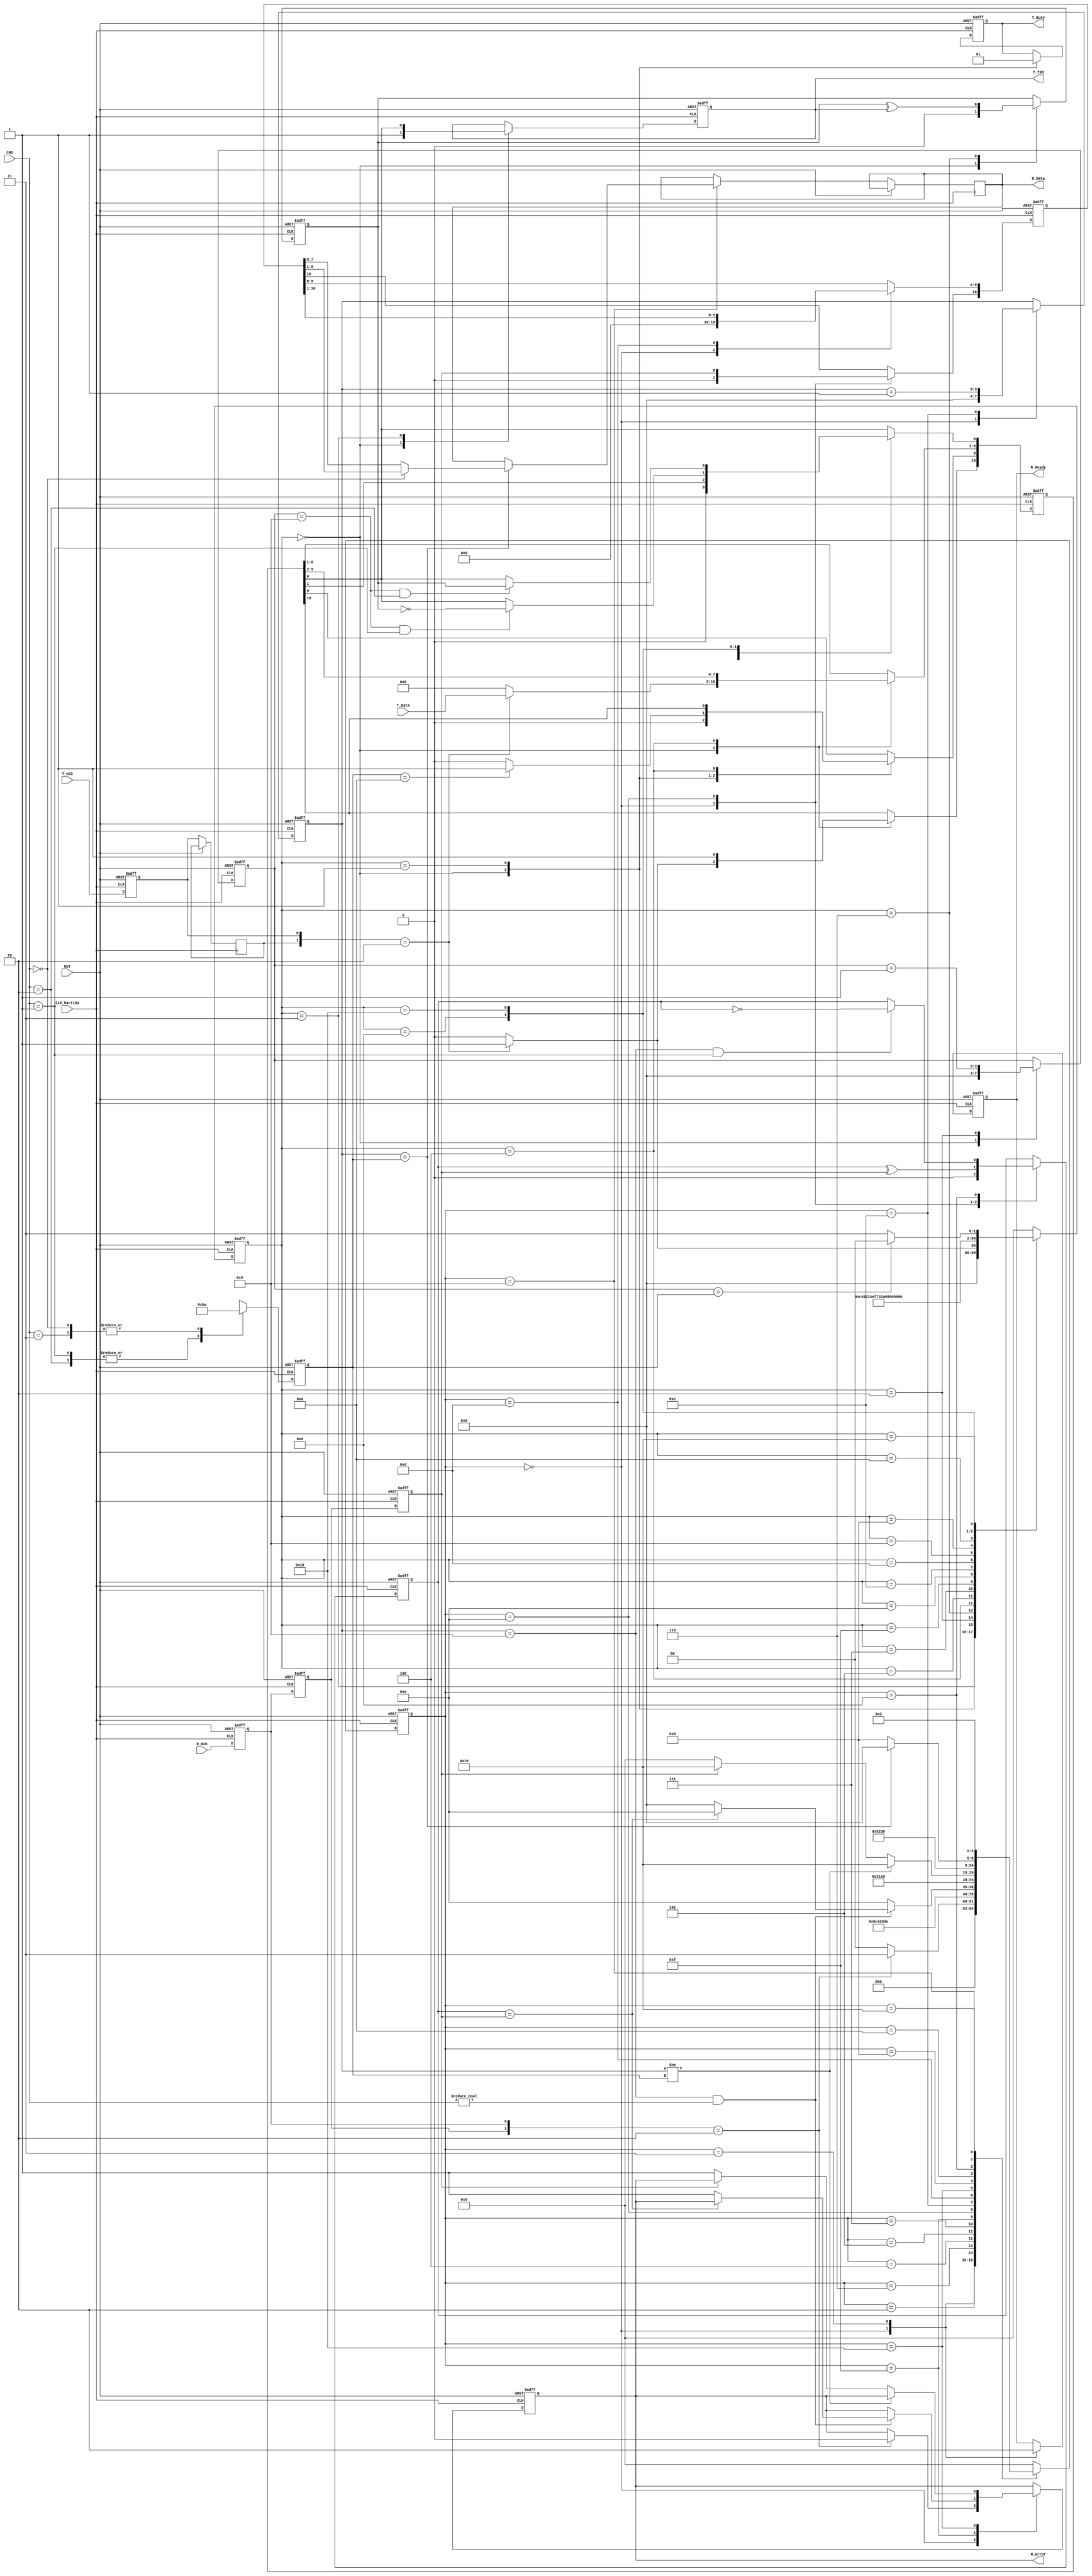
//T_nCS-------|   |--------
//            |___|
//             ___
//            |   |
//R_Ready-----|   |--------
//
//CMD  00     1bit start , 8bit data , 1bit stop 
//     01     1bit start , 8bit data , 1bit odd  , 1bit stop 
//     10     1bit start , 8bit data , 1bit even , 1bit stop 

module uart_core(
     CLK_Uart16x,
	 RST,
	 
	 CMD,     //00  Norm ,  01   odd  ,   10  even
	
	 T_nCS,
	 T_Busy,
	 T_Data,
	 T_TXD,
	 //////////////////////////////
	 //T_State,
	 //R_State,
	 //T_CntBit,
	 //R_CntBit,
	 //////////////////////////////
	 R_Error,
	 R_Ready,
	 R_Data,
	 R_RXD
	 
	 
	 );
	 //////////////////////////////
	 //output       [4:0] T_State ;
	 //output       [4:0] R_State ;
	 //output       [3:0] T_CntBit ;
	 //output       [3:0] R_CntBit ;
	 ///////////////////////////
	 
	 
	 input           CLK_Uart16x ;
	 input           RST ;
	 
	 input    [1:0]  CMD ;    //00  Norm ,  01   odd  ,   10  even
	 
	 
	 input           T_nCS ;
	 output          T_Busy ;
	 input    [7:0]  T_Data ;
	 output          T_TXD ;
	 reg             T_Busy ;
	 reg             T_TXD ;
	 reg             T_PARITY ;
	 reg      [10:0] T_MoveData ;
	 reg      [3:0]  T_CntBit ;
	 
	 reg             Syn1_T_nCS ;
	 reg             Syn2_T_nCS ;
	 reg      [3:0]  BitNum ;
	 
	 
	 output          R_Error ;
	 output          R_Ready ;
	 output   [7:0]  R_Data ;
	 input           R_RXD ;
	 reg      [7:0]  R_Data ;
	 reg             R_Error ;
	 reg             R_Ready ;
	 reg             R_PARITY ;
	 reg             Syn1_R_RXD ;
	 reg             Syn2_R_RXD ;
	 reg             Syn3_R_RXD ;
	 reg      [10:0] R_MoveData ;
	 reg      [3:0]  R_CntBit ;
	 
	 reg       [4:0] T_State ;
	 reg       [4:0] R_State ;
	 parameter [4:0] Idle       = 5'b0_0000 ,
	                 Start      = 5'b0_0001 ,
						  One        = 5'b0_0011 ,
						  Two        = 5'b0_0010 ,
						  Three      = 5'b0_0110 ,
						  Four       = 5'b0_0100 ,
						  Five       = 5'b0_0101 ,
						  Six        = 5'b0_0111 ,
						  Seven      = 5'b0_1111 ,
						  Eight      = 5'b0_1110 ,
						  Nine       = 5'b0_1100 ,
						  Ten        = 5'b0_1101 ,
						  Eleven     = 5'b0_1001 ,
						  Twelve     = 5'b0_1011 ,
						  Thirteen   = 5'b0_1010 ,
						  Fourteen   = 5'b0_1000 ,
						  Fifteen    = 5'b1_1000 ,
						  Sixteen    = 5'b1_0000 ;

					

always @( posedge CLK_Uart16x , posedge RST )begin
    if( RST )begin
	     Syn1_T_nCS   <= 1'b1 ;
		  Syn1_T_nCS   <= 1'b1 ;
	 end else begin
	     Syn1_T_nCS   <= T_nCS ;
		 Syn2_T_nCS   <= Syn1_T_nCS ;
	 end

end

			
always @( posedge CLK_Uart16x , posedge RST )begin
    if( RST )begin
	    Syn1_R_RXD   <= 1'b1 ;
		Syn2_R_RXD   <= 1'b1 ;
		Syn3_R_RXD   <= 1'b1 ;
	 end else begin
	    Syn1_R_RXD   <= R_RXD ;
		Syn2_R_RXD   <= Syn1_R_RXD ;
		Syn3_R_RXD   <= Syn2_R_RXD ;
	 end

end
			

always @( posedge CLK_Uart16x , posedge RST )begin
    if( RST )begin
	     BitNum       <=  4'd10 ;
	 end else begin
        case( CMD )
		      2'b00 : begin
				    BitNum       <=  4'd10 ;
				end
				2'b01 : begin
				    BitNum       <=  4'd11 ;
				end
				2'b10 : begin
				    BitNum       <=  4'd11 ;
				end
				2'b11 : begin
				    BitNum       <=  4'd10 ;
				end
		   endcase
	 end
end				
						
						
always @( posedge CLK_Uart16x , posedge RST )begin
    if( RST )begin
	     T_MoveData   <=  11'd0 ;
		  T_PARITY     <=  1'b0 ;
		  T_CntBit     <=  4'd0 ;
		  T_Busy       <=  1'b0 ;
		  T_TXD        <=  1'b1 ;
		  
		  
		  T_State      <=  Idle ;
	 end else begin
	     case( T_State )
	         Idle : begin
				    T_Busy       <=  1'b0 ;
		          T_PARITY     <=  1'b0 ;
					 T_CntBit     <=  4'd0 ;
					 T_TXD        <=  1'b1 ;
				    if( {Syn2_T_nCS,Syn1_T_nCS} == 2'b10 )begin
					     T_MoveData   <=  {1'b1,1'b0,T_Data,1'b0} ;
						  T_State      <=  Start ;
					 end else begin
					     T_MoveData   <=  11'd0 ;
						  T_State      <=  Idle ;
					 end
				end
				Start : begin
				    T_Busy       <=  1'b1 ;
				    T_State      <=  One ;
				    if( BitNum == 4'd10 )begin
						  T_MoveData[9] <=  1'b1 ;
					 end else begin
					     T_MoveData[9] <=  1'b0 ;
					 end
				end
				One : begin
				    T_TXD        <=  T_MoveData[0] ;
					 T_State      <=  Two ;
				end
				Two : begin
				    T_CntBit     <=  T_CntBit + 1'b1 ;
				    T_State      <=  Three ;
				end
				Three : begin
				    T_PARITY     <=  T_PARITY ^ T_TXD ;
				    T_State      <=  Four ;
				end
				Four : begin
				    T_MoveData[9:0]   <=  T_MoveData[10:1] ;
					 T_MoveData[10]    <=  1'b1 ;
				    T_State      <=  Five ;
				end
				Five : begin
				    T_State      <=  Six ;
				end
				Six : begin
				    T_State      <=  Seven ;
				end
				Seven : begin
				    T_State      <=  Eight ;
				end
				Eight : begin
				    T_State      <=  Nine ;
				end
				Nine : begin
				    T_State      <=  Ten ;
				end
				Ten : begin
				    T_State      <=  Eleven ;
				end
				Eleven : begin
				    T_State      <=  Twelve ;
				end
				Twelve : begin
				    T_State      <=  Thirteen ;
				end
				Thirteen : begin
				    T_State      <=  Fourteen ;
				end
				Fourteen : begin
				    T_State      <=  Fifteen ;
					 if( ( T_CntBit == 4'd9 ) && ( CMD == 2'b01 ) )begin //  0dd
					     T_MoveData[0] <= ~T_PARITY ;
					 end
				    
				end
				Fifteen : begin
				    T_State      <=  Sixteen ;
					 if( ( T_CntBit == 4'd9 ) && ( CMD == 2'b10 ) )begin
					     T_MoveData[0] <= T_PARITY ;
					 end
				    
				end
				Sixteen : begin
				    if( T_CntBit == BitNum )begin
				        T_State      <=  Idle ;
					 end else begin
					     T_State      <=  One ;
					 end
				end
				default : begin
				    T_State      <=  Idle ;
				end
	    endcase
	 end
end
	 
	 
always @( posedge CLK_Uart16x , posedge RST )begin
    if( RST )begin
	     R_MoveData   <=  11'd0 ;
		  R_PARITY     <=  1'b0 ;
		  R_CntBit     <=  4'd0 ;
		  R_Error      <=  1'b0 ;
		  R_Ready      <=  1'b1 ;
		  
		  R_State      <=  Idle ;
	 end else begin
	     case( R_State )
	         Idle : begin
		          R_PARITY     <=  1'b0 ;
					 R_CntBit     <=  4'd0 ;
					 R_MoveData   <=  11'd0 ;
					 R_Ready      <=  1'b1 ;
				    if( {Syn2_R_RXD,Syn1_R_RXD} == 2'b10 )begin
					     R_Error      <=  1'b0 ;
						  R_State      <=  One ;
					 end else begin
				        
						  R_State      <=  Idle ;
					 end
				end
				One : begin
				    R_Ready      <=  1'b0 ;
					 R_State      <=  Two ;
				end
				Two : begin
				    
				    R_State      <=  Three ;
				end
				Three : begin
				    
				    R_State      <=  Four ;
				end
				Four : begin
				    
				    R_State      <=  Five ;
				end
				Five : begin
				    R_State      <=  Six ;
				end
				Six : begin
				    R_State      <=  Seven ;
				end
				Seven : begin
				    if( ( R_CntBit == 4'd9 ) && ( CMD != 2'b00 ) )begin
					     if( R_PARITY == Syn3_R_RXD )begin
						      R_State      <=  Eight ;
						  end else begin
						      R_Error      <=  1'b1 ;
						      R_State      <=  Idle ;
						  end
					 end else begin
				        R_State      <=  Eight ;
					 end
				end
				Eight : begin
				    R_MoveData[10] <=  Syn3_R_RXD ;
					 R_PARITY       <=  R_PARITY ^ Syn3_R_RXD ;
				    R_State        <=  Nine ;
				end
				Nine : begin
				    R_CntBit     <=  R_CntBit + 1'b1 ;
				    R_State      <=  Ten ;
				end
				Ten : begin
				    R_MoveData[9:0]   <=  R_MoveData[10:1] ;
					 
				    R_State      <=  Eleven ;
				end
				Fifteen : begin
				    if( R_CntBit != BitNum )begin
					     R_State  <=  Sixteen ;
					 end else if( Syn3_R_RXD == 1'b1 )begin
					     R_State  <=  Sixteen ;
					 end else begin
					     R_Error      <=  1'b1 ;
					     R_State      <=  Idle ;
					 end
				    
				end
				Twelve : begin
				    R_State      <=  Thirteen ;
				end
				Thirteen : begin
				    R_State      <=  Fourteen ;
				end
				Fourteen : begin
				    R_State      <=  Fifteen ;
				    if( ( R_CntBit == 4'd9 ) && ( CMD == 2'b01 ) )begin
					     R_PARITY <= ~R_PARITY ;
					 end else if( ( R_CntBit == 4'd9 ) && ( CMD == 2'b10 ) )begin
					     R_PARITY <= R_PARITY ;
					 end
				    
				end
				Eleven : begin
				    if( R_CntBit == BitNum )begin
					     if( CMD == 2'b00 )begin
					         R_Data <= R_MoveData[8:1] ;
					     end else begin
					         R_Data <= R_MoveData[7:0] ;
					     end
				        R_State      <=  Idle ;
					 end else begin
					     //R_State      <=  One ;
					     R_State      <=  Twelve ;
					 end
				    
				end
				
				Sixteen : begin
				R_State      <=  One ;
				/*
				    if( R_CntBit == BitNum )begin
					     if( CMD == 2'b00 )begin
					         R_Data <= R_MoveData[8:1] ;
					     end else begin
					         R_Data <= R_MoveData[7:0] ;
					     end
				        R_State      <=  Idle ;
					 end else begin
					     R_State      <=  One ;
					 end
					 */
				end
				
				default : begin
				    R_State      <=  Idle ;
				end
		endcase
	 end
end	 
	 
	 
	 
	 
	 
endmodule